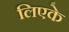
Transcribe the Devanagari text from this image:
लिएके